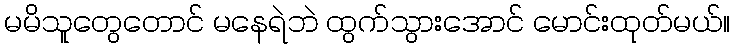
မမိသူတွေတောင် မနေရဲဘဲ ထွက်သွားအောင် မောင်းထုတ်မယ်။